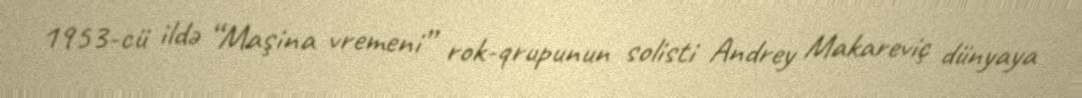
1953-cü ildə “Maşina vremeni” rok-qrupunun solisti Andrey Makareviç dünyaya